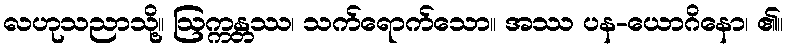
လဟုသညာသို့။ ဩက္ကန္တဿ၊ သက်ရောက်သော။ အဿ ပန-ယောဂိနော၊ ၏။